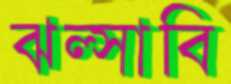
ঝল্‌সাবি